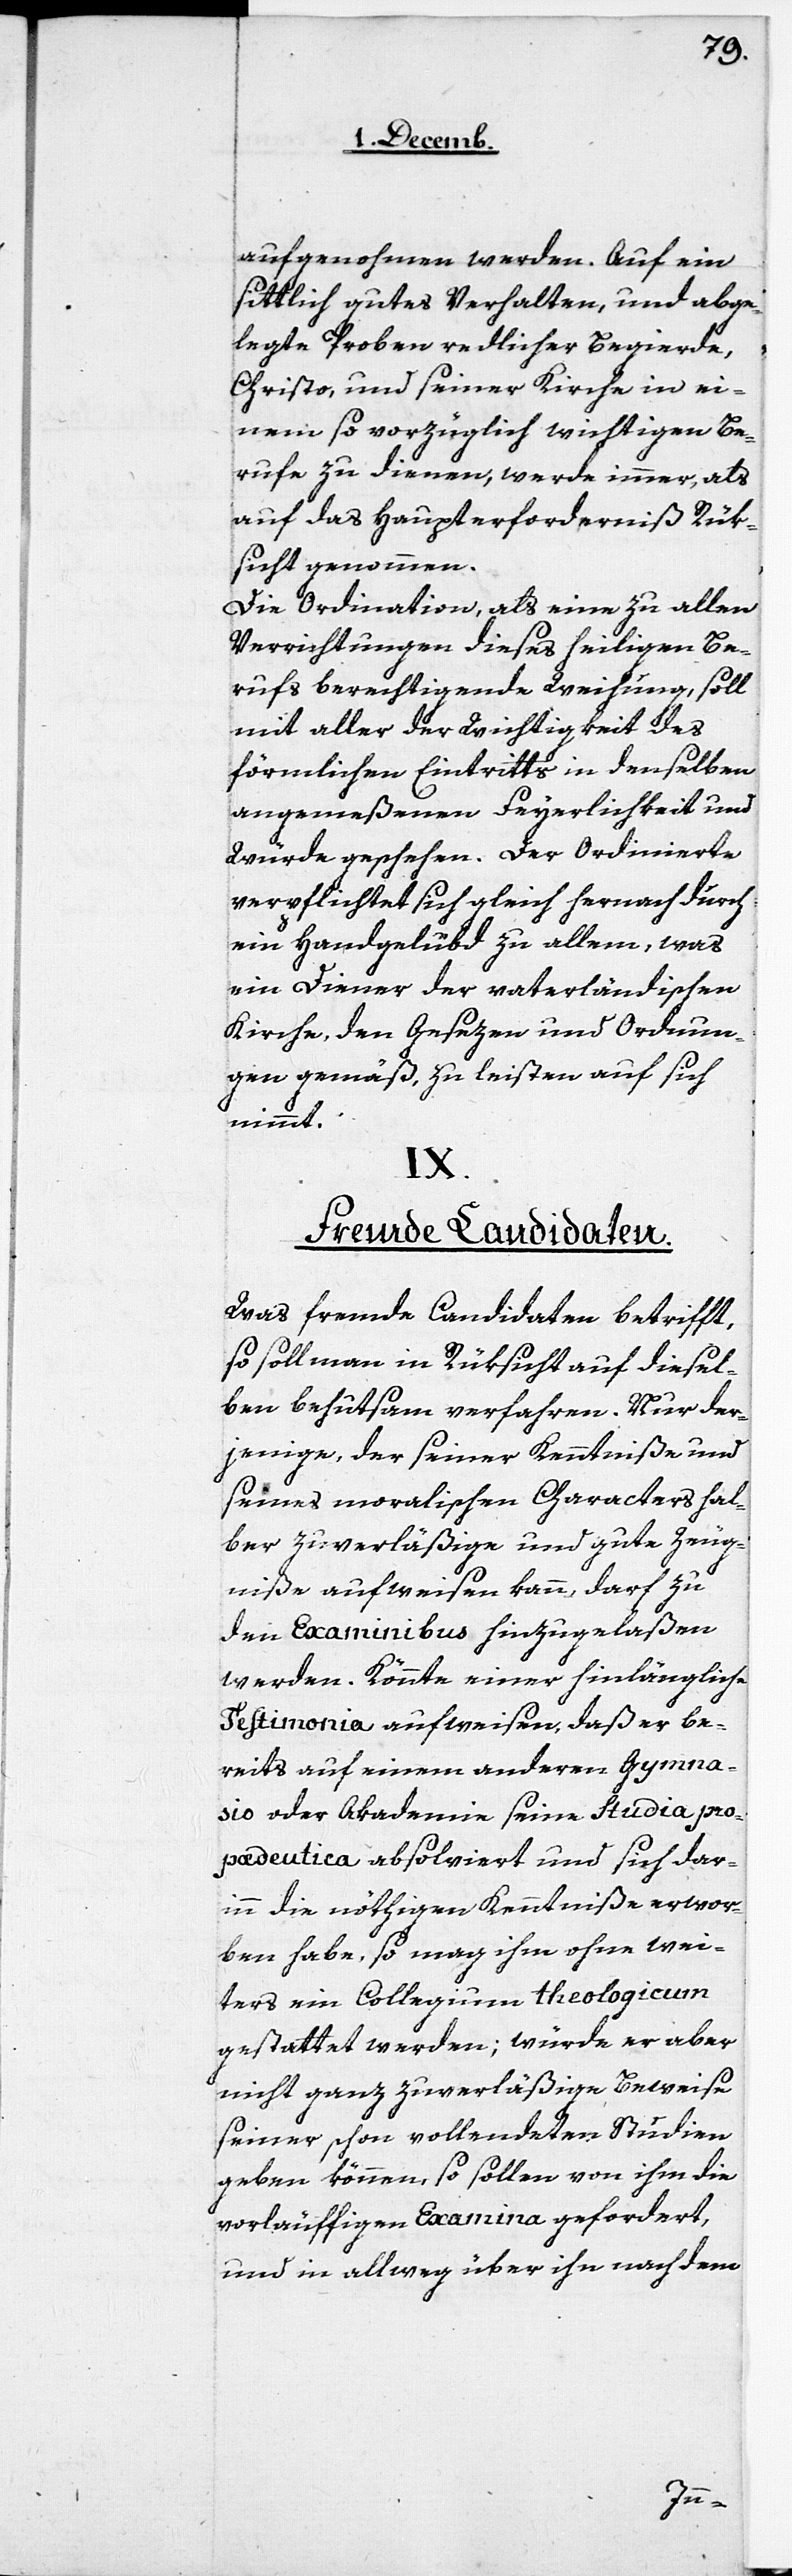
aufgenohmen werden. Auf ein
sittlich gutes Verhalten, und abge¬
legte Proben redlicher Begierde,
Christo, und seiner Kirche in ei¬
nem so vorzüglich wichtigen Be¬
rufe zu dienen, werde immer, als
auf das Haupterforderniß Rük¬
sicht genommen.
Die Ordination, als eine zu allen
Verrichtungen dieses heiligen Be¬
rufs berechtigende Weihung, soll
mit aller der Wichtigkeit des
förmlichen Eintritts in denselben
angemeßenen Feyerlichkeit und
Würde geschehen. Der Ordinierte
verpflichtet sich gleich hernach durch
ein Handgelübd zu allem, was
ein Diener der vaterländischen
Kirche, den Gesezen und Ordnun¬
gen gemäß, zu leisten auf sich
nimmt.
IX.
Fremde Candidaten.
Was fremde Kandidaten betrifft,
so soll man in Rüksicht auf diesel¬
ben behutsam verfahren. Nur der¬
jenige, der seiner Kenntniße und
seines moralischen Characters hal¬
ber zuverläßige und gute Zeug¬
niße aufweisen kann, darf zu
den Examinibus hinzugelaßen
werden. Könnte einer hinlängliche
Testimonia aufweisen, daß er be¬
reits auf einem anderen Gymna¬
sio oder Akademie seine Studia pro¬
pædeutica absolviert und sich dar¬
inn die nöthigen Kenntniße erwor¬
ben habe, so mag ihm ohne wei¬
teres ein Collegium theologicum
gestattet werden; würde er aber
nicht ganz zuverläßige Beweise
seiner schon vollendeten Studien
geben können, so sollen von ihm die
vorläuffigen Examina gefordert,
und in allweg über ihn nach dem